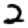
Digit: 2